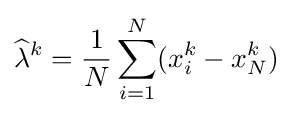
{\widehat {\lambda }}^{k}={\frac {1}{N}}\sum _{i=1}^{N}(x_{i}^{k}-x_{N}^{k})